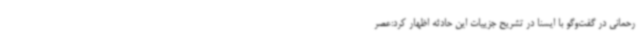
رحمانی در گفت‌وگو با ایسنا در تشریح جزییات این حادثه اظهار کرد:عصر